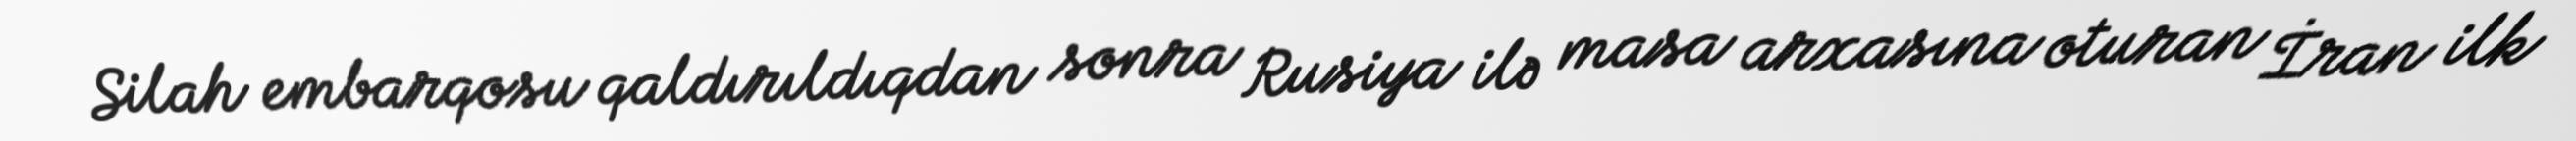
Silah embarqosu qaldırıldıqdan sonra Rusiya ilə masa arxasına oturan İran ilk